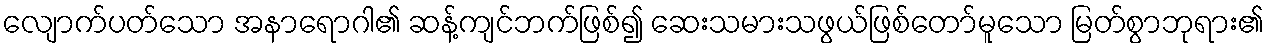
လျောက်ပတ်သော အနာရောဂါ၏ ဆန့်ကျင်ဘက်ဖြစ်၍ ဆေးသမားသဖွယ်ဖြစ်တော်မူသော မြတ်စွာဘုရား၏